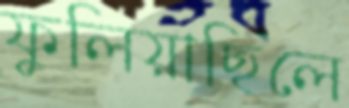
ফুলিয়াছিলে